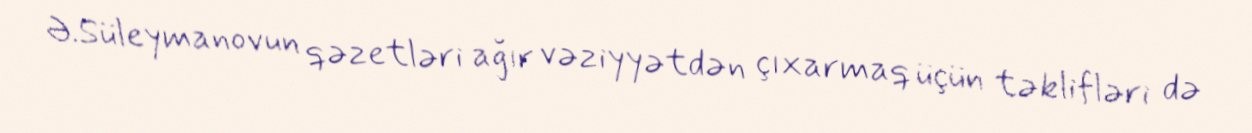
Ə.Süleymanovun qəzetləri ağır vəziyyətdən çıxarmaq üçün təklifləri də